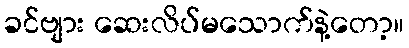
ခင်ဗျား ဆေးလိပ်မသောက်နဲ့တော့။